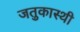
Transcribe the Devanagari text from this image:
जतुकास्थी